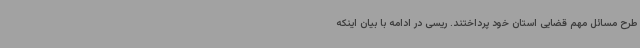
طرح مسائل مهم قضایی استان خود پرداختند. ریسی در ادامه با بیان اینکه